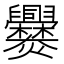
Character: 爨